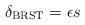
LaTeX: \begin{align*}\delta_{\mbox{\scriptsize BRST}}=\epsilon s\end{align*}